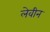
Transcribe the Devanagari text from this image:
लेवीन